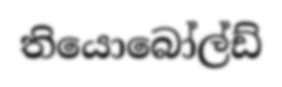
තියොබෝල්ඩ්